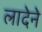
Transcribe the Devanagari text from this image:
लादेने